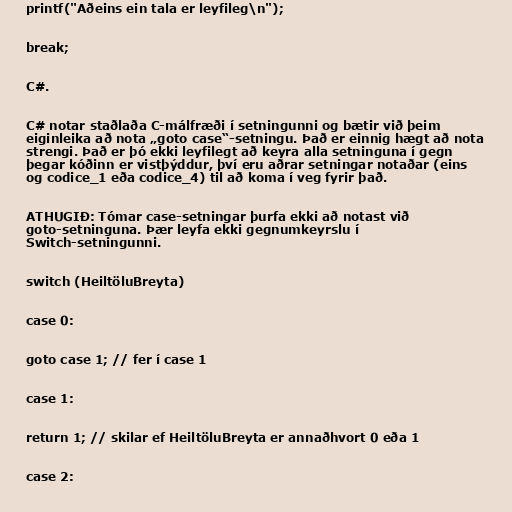
printf("Aðeins ein tala er leyfileg\n");

break;

C#.

C# notar staðlaða C-málfræði í setningunni og bætir við þeim
eiginleika að nota „goto case“-setningu. Það er einnig hægt að nota
strengi. Það er þó ekki leyfilegt að keyra alla setninguna í gegn
þegar kóðinn er vistþýddur, því eru aðrar setningar notaðar (eins
og codice_1 eða codice_4) til að koma í veg fyrir það.

ATHUGIÐ: Tómar case-setningar þurfa ekki að notast við
goto-setninguna. Þær leyfa ekki gegnumkeyrslu í
Switch-setningunni.

switch (HeiltöluBreyta)

case 0:

goto case 1; // fer í case 1

case 1:

return 1; // skilar ef HeiltöluBreyta er annaðhvort 0 eða 1

case 2: